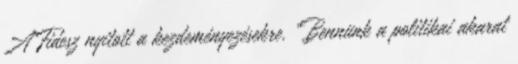
A Fidesz nyitott a kezdeményezésekre. "Bennünk a politikai akarat